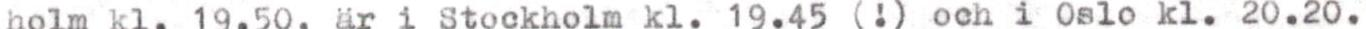
holm kl.19.50, är i Stockholm kl.19.45 (!) och i Oslo kl. 20.20.